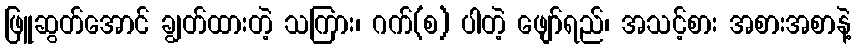
ဖြူဆွတ်အောင် ချွတ်ထားတဲ့ သကြား၊ ဂက်(စ) ပါတဲ့ ဖျော်ရည်၊ အသင့်စား အစားအစာနဲ့